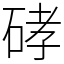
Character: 硣